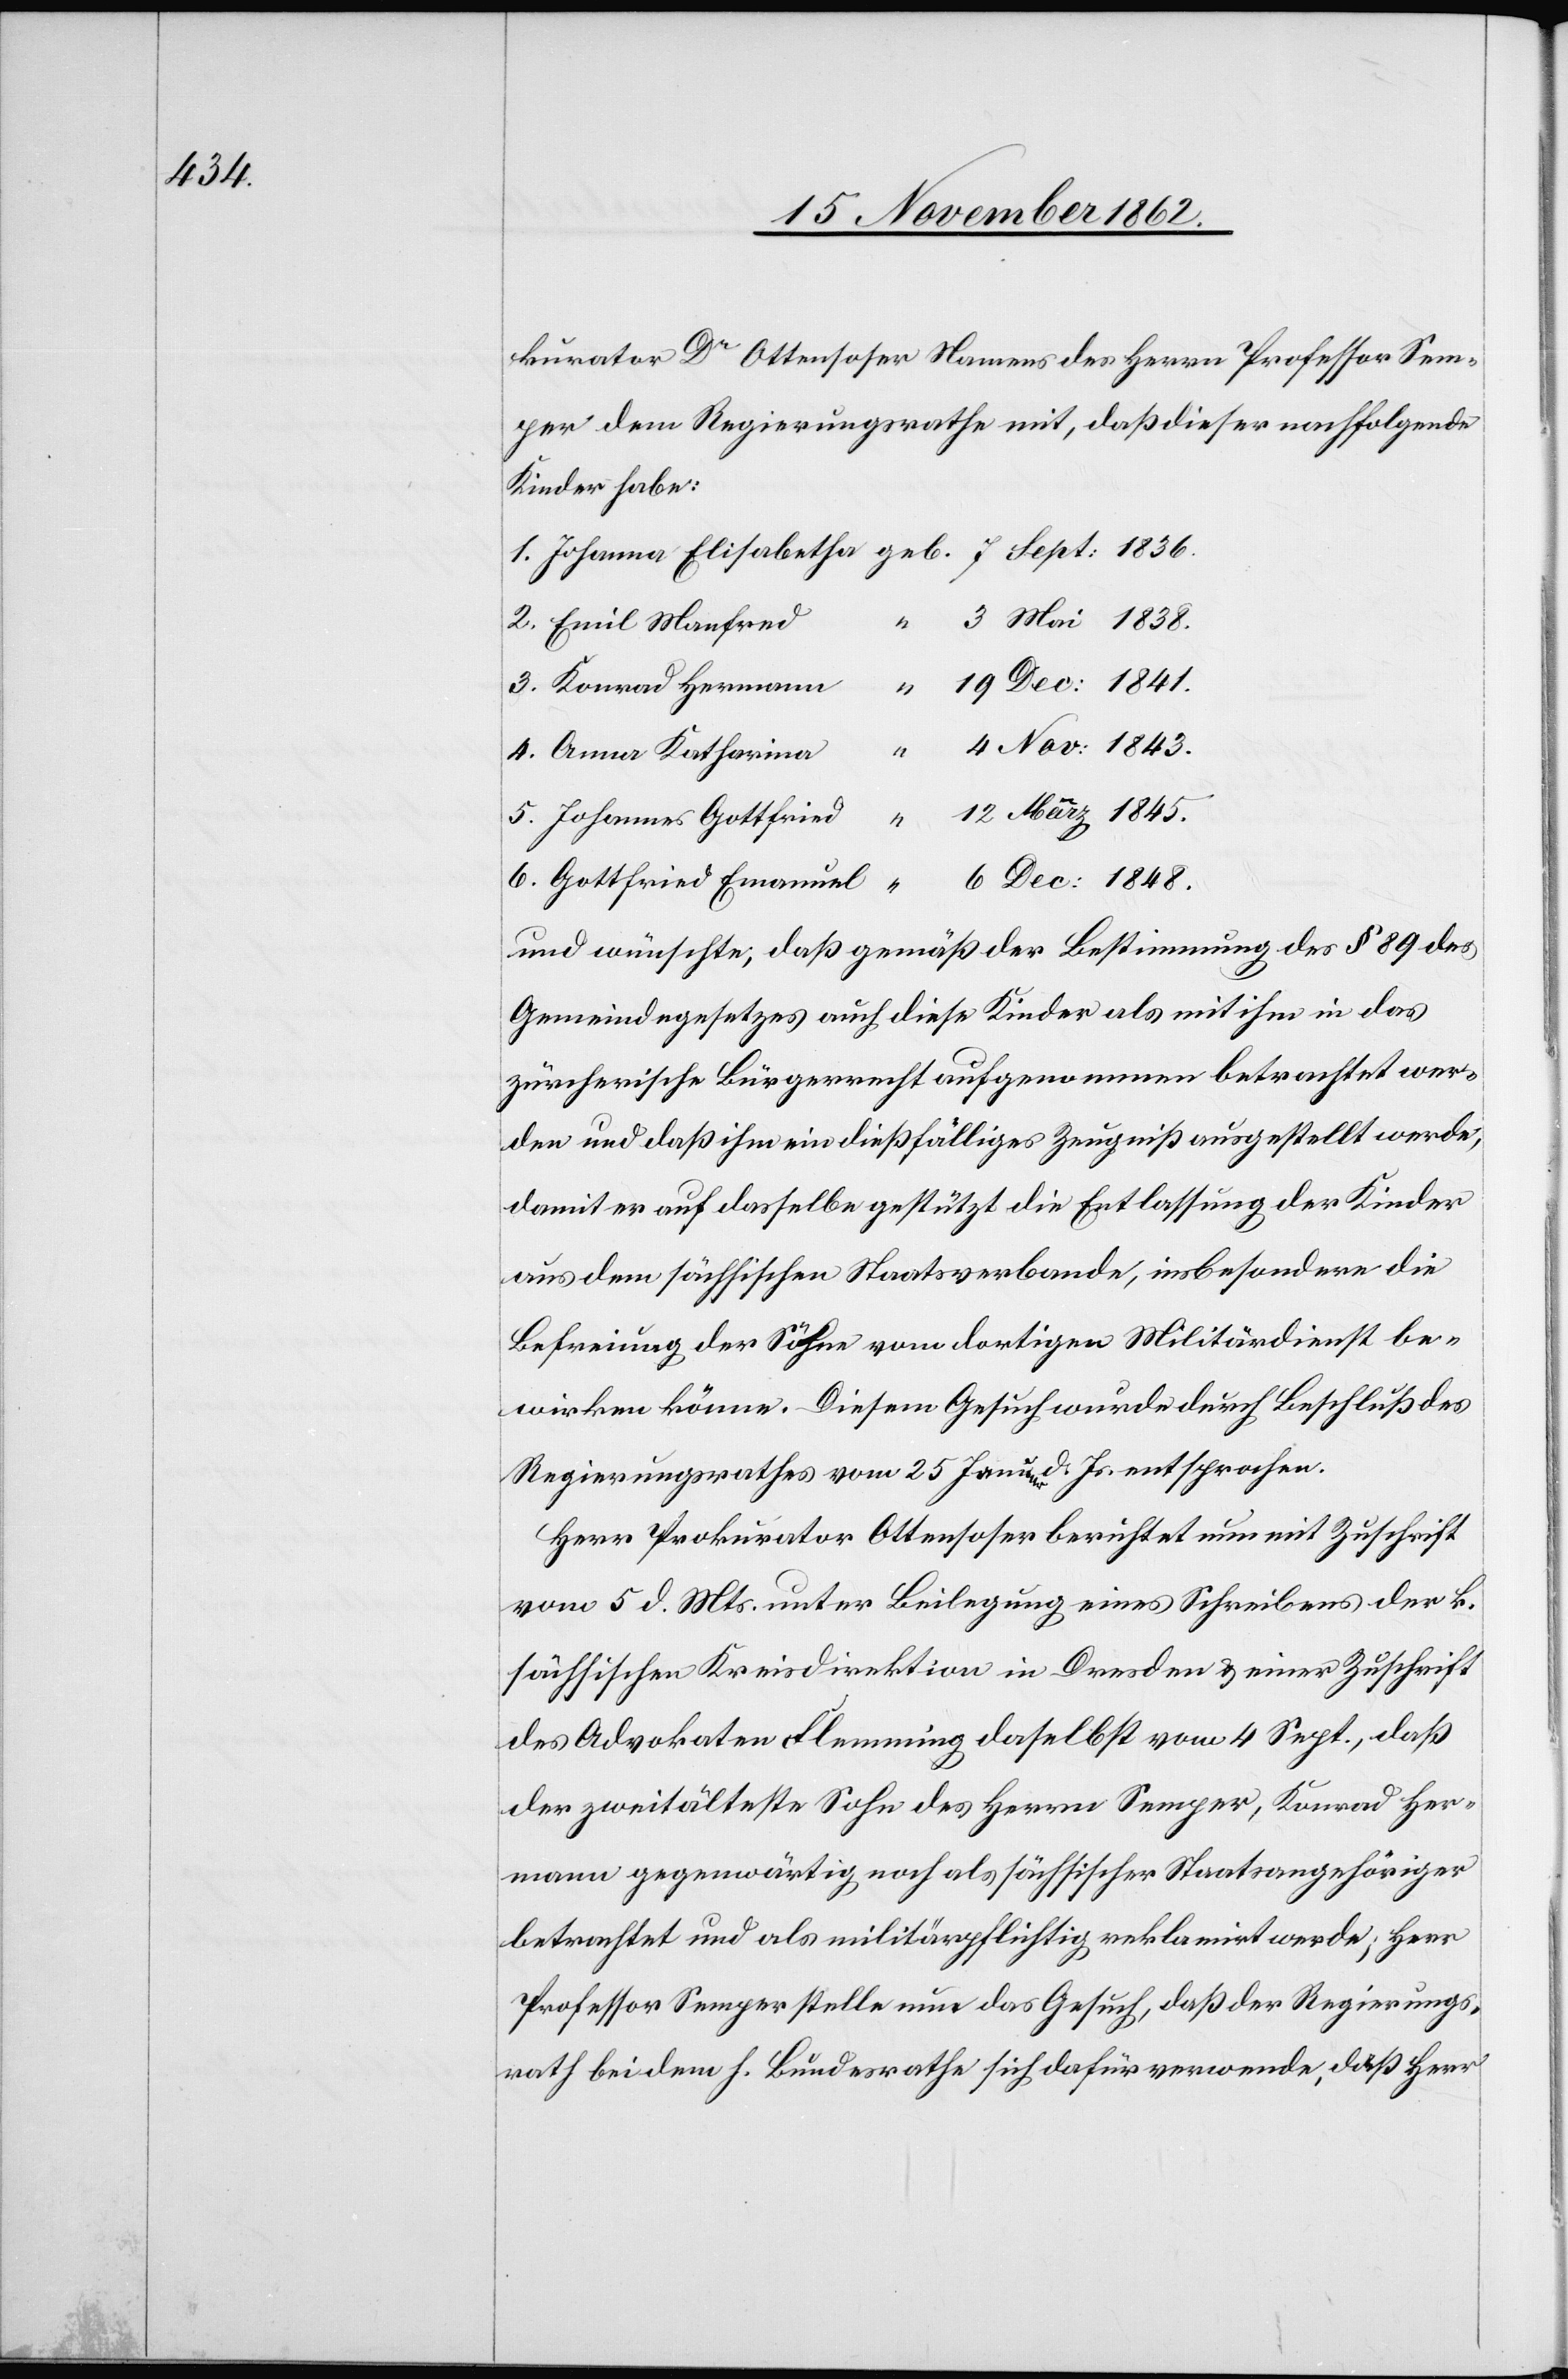
1848.

kurator Dr. Ottensoser Namens des Herrn Professor Sem¬
per dem Regierungsrathe mit, daß dieser nachfolgende
Kinder habe:
Gottfried Emanuel
und wünsche, daß gemäß der Bestimmung des § 89 des
Gemeindegesetzes auch diese Kinder als mit ihm in das
zürcherische Bürgerrecht aufgenommen betrachtet wer¬
den und daß ihm ein dießfälliges Zeugniß ausgestellt werde,
damit er auf dasselbe gestützt die Entlassung der Kinder
aus dem sächsischen Staatsverbande, insbesondere die
Befreiung der Söhne vom dortigen Militärdienst be¬
wirken könne. Diesem Gesuch wurde durch Beschluß des
Regierungsrathes vom 25. Januar d. Js. entsprochen.
Herr Prokurator Ottensoser berichtet nun mit Zuschrift
vom 5. d. Mts. unter Beilegung eines Schreibens der k.
sächsischen Kreisdirektion in Dresden u. einer Zuschrift
des Advokaten Flemming daselbst vom 4. Sept., daß
der zweitälteste Sohn des Herrn Semper, Konrad Her¬
mann gegenwärtig noch als sächsischer Staatsangehöriger
betrachtet und als militärpflichtig reklamirt werde; Herr
Professor Semper stelle nun das Gesuch, daß der Regierungs¬
rath bei dem h. Bundesrathe sich dafür verwende, daß Herr